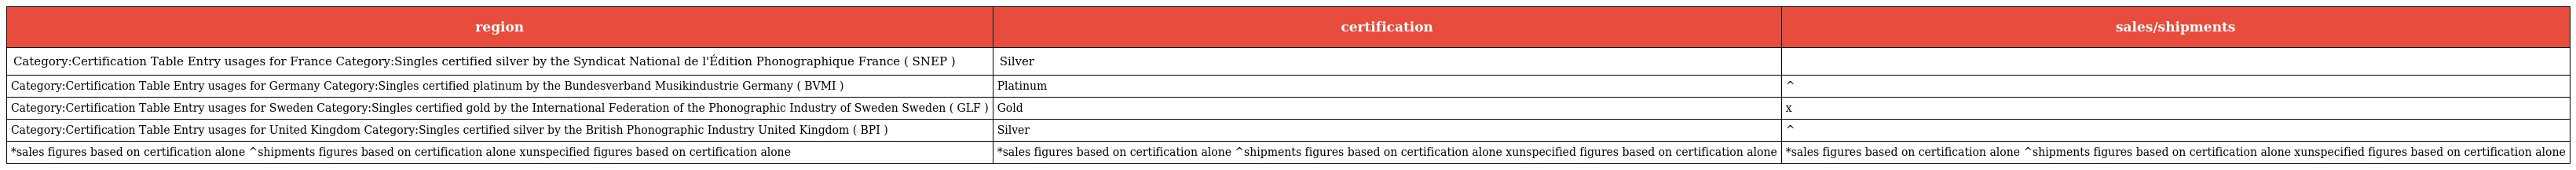
| region | certification | sales/shipments |
 | --- | --- | --- |
 | Category:Certification Table Entry usages for France Category:Singles certified silver by the Syndicat National de l'Édition Phonographique France ( SNEP ) | Silver |  |
 | Category:Certification Table Entry usages for Germany Category:Singles certified platinum by the Bundesverband Musikindustrie Germany ( BVMI ) | Platinum | ^ |
 | Category:Certification Table Entry usages for Sweden Category:Singles certified gold by the International Federation of the Phonographic Industry of Sweden Sweden ( GLF ) | Gold | x |
 | Category:Certification Table Entry usages for United Kingdom Category:Singles certified silver by the British Phonographic Industry United Kingdom ( BPI ) | Silver | ^ |
 | *sales figures based on certification alone ^shipments figures based on certification alone xunspecified figures based on certification alone | *sales figures based on certification alone ^shipments figures based on certification alone xunspecified figures based on certification alone | *sales figures based on certification alone ^shipments figures based on certification alone xunspecified figures based on certification alone |